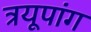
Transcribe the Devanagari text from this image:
त्रयूपांग